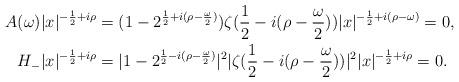
LaTeX: \begin{align*}A(\omega)|x|^{-\frac{1}{2}+i\rho} & = (1- 2^{\frac{1}{2}+i(\rho-\frac{\omega}{2})})\zeta(\frac{1}{2} - i(\rho-\frac{\omega}{2})) |x|^{-\frac{1}{2}+i(\rho-\omega)} = 0,\\H_{-} |x|^{-\frac{1}{2}+i\rho} & = |1-2^{\frac{1}{2}-i(\rho-\frac{\omega}{2})}|^{2} |\zeta(\frac{1}{2}-i(\rho-\frac{\omega}{2}))|^{2} |x|^{-\frac{1}{2}+i\rho} = 0.\end{align*}